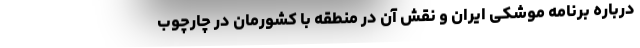
درباره برنامه موشکی ایران و نقش آن در منطقه با کشورمان در چارچوب